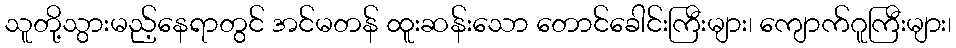
သူတို့သွားမည့်နေရာတွင် အင်မတန် ထူးဆန်းသော တောင်ခေါင်းကြီးများ၊ ကျောက်ဂူကြီးများ၊